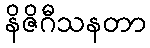
နိဇိဂီသနတာ